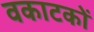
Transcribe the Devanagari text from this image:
वकाटकों